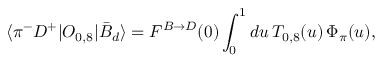
\langle \pi ^ { - } D ^ { + } | O _ { 0 , 8 } | \bar { B } _ { d } \rangle = F ^ { B \to D } ( 0 ) \int _ { 0 } ^ { 1 } d u \, T _ { 0 , 8 } ( u ) \, \Phi _ { \pi } ( u ) ,